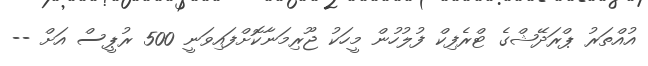
އުއްތަރު ޕްރަދޭޝްގެ ޓްރެފިކް ފުލުހުން މީހަކު ޖޫރިމަނާކޮށްފައިވަނީ 500 ރުޕީސް އަށް --